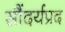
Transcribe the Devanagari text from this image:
सौंदर्यप्रद